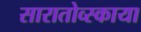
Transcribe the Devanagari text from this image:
सारातोव्स्काया